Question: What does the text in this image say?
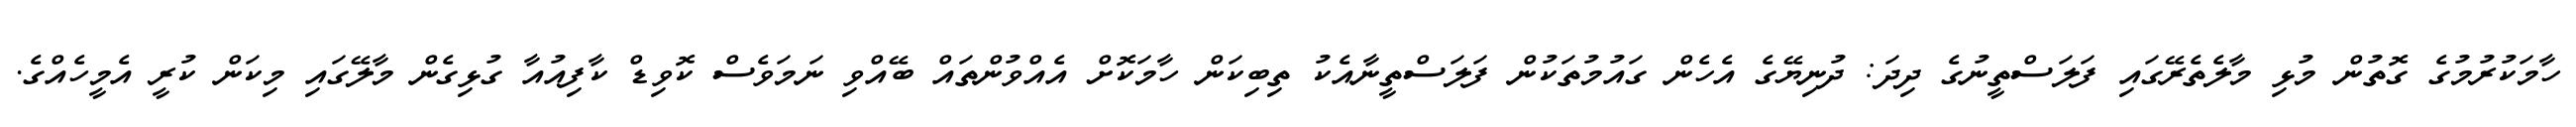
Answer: ހާމަކުރުމުގެ ގޮތުން މުޅި މާލެތެރޭގައި ފަލަސްތީނުގެ ދިދަ: ދުނިޔޭގެ އެހެން ގައުމުތަކުން ފަލަސްތީނާއެކު ތިބިކަން ހާމަކޮށް އެއްވުންތައް ބޭއްވި ނަމަވެސް ކޮވިޑް ކާފިއުއާ ގުޅިގެން މާލޭގައި މިކަން ކުރީ އެމީހެއްގެ.